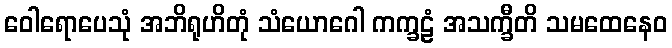
ဝေါရောပေသုံ အဘိရုဟိတုံ သံယောဂေါ ကက္ခဠံ အသက္ခီတိ သမထေနေဝ